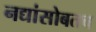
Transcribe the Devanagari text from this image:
नद्यांसोबतच